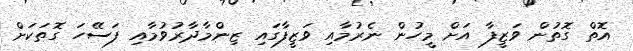
އޮތް ގޮތުން ވަޒީފާ އަށް މީހުން ނެރުމާއި ވަޒީފާގައި ޒިންމާދާރުވުމާއި ފަސޭހަ ގޮތަކަށް